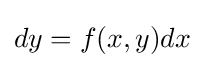
dy=f(x,y)dx